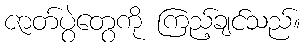
ဇာတ်ပွဲတွေကို ကြည့်ချင်သည်။